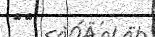
٧٦